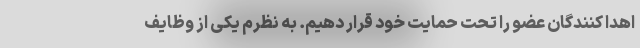
اهدا کنندگان عضو را تحت حمایت خود قرار دهیم. به نظرم یکی از وظایف